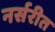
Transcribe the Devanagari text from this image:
नर्सरीत